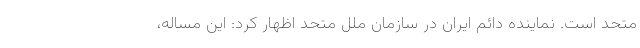
متحد است. نماینده دائم ایران در سازمان ملل متحد اظهار کرد: این مساله،